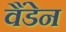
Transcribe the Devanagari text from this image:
वैंडेन